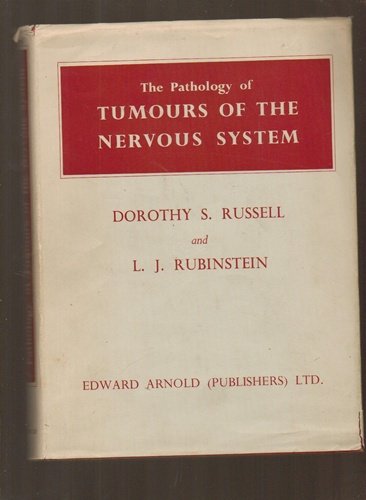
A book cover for Pathology of Tumours of the Nervous System.; Sc.D., M.A., M.D. LL Dorothy S. Russell; Health, Fitness & Dieting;